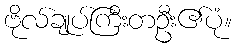
ဗိုလ်ချုပ်ကြီးတဦး၏ပုံ။